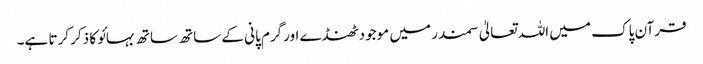
قرآن پاک میں اللہ تعالیٰ سمندر میں موجودٹھنڈے اورگرم پانی کے ساتھ ساتھ بہائو کا ذکر کرتا ہے۔